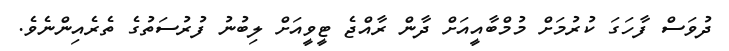
ދުވަސް ފާހަގަ ކުރުމަށް މުމްބާއީއަށް ދާން ރާއްޖެ ޓީވީއަށް ލިބުނު ފުރުސަތުގެ ތެރެއިންނެވެ.